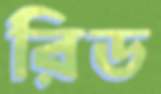
রিড